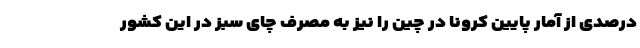
درصدی از آمار پایین کرونا در چین را نیز به مصرف چای سبز در این کشور